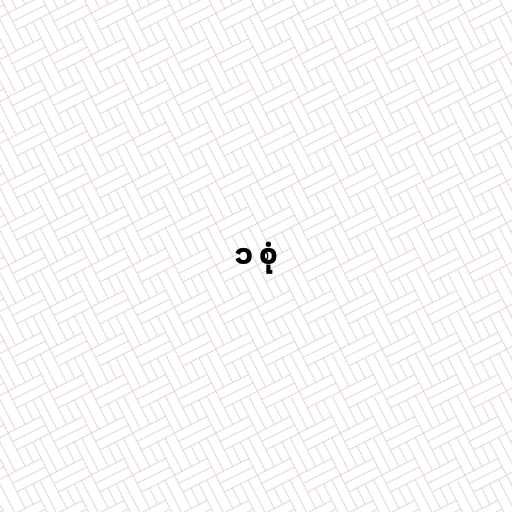
၁ စုံ